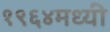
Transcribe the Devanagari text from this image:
१९६४मध्यी